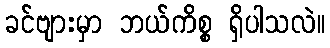
ခင်ဗျားမှာ ဘယ်ကိစ္စ ရှိပါသလဲ။